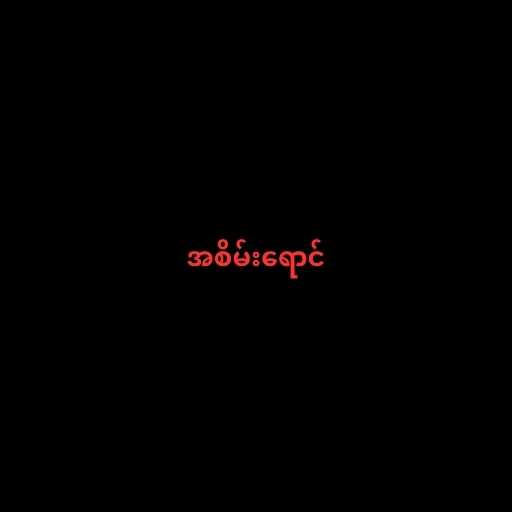
အစိမ်းရောင်